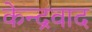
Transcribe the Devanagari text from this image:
केन्द्रवाद